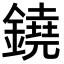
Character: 鐃